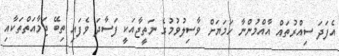
އެފަދަ ސިއްރުތައް އާއްމުންނާ ހަމަޔަށް ވާސިލުވުމުގެ ނަތީޖާއަކީ ފަސާދަ ވެފައި ތިބޭ ޖަމާއަތްތަކާއި